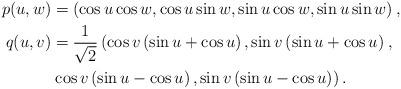
LaTeX: \begin{align*}p(u,w)&=\left (\cos u \cos w,\cos u \sin w,\sin u \cos w,\sin u \sin w\right),\\ q(u,v)&=\frac{1}{\sqrt{2}}\left (\cos v \left(\sin u+\cos u\right),\sin v \left(\sin u+\cos u\right)\right . ,\\ &\left . \cos v \left(\sin u-\cos u\right),\sin v \left(\sin u-\cos u\right) \right).\end{align*}